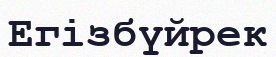
Егізбүйрек